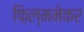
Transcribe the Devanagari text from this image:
फ़िल्ममेकर